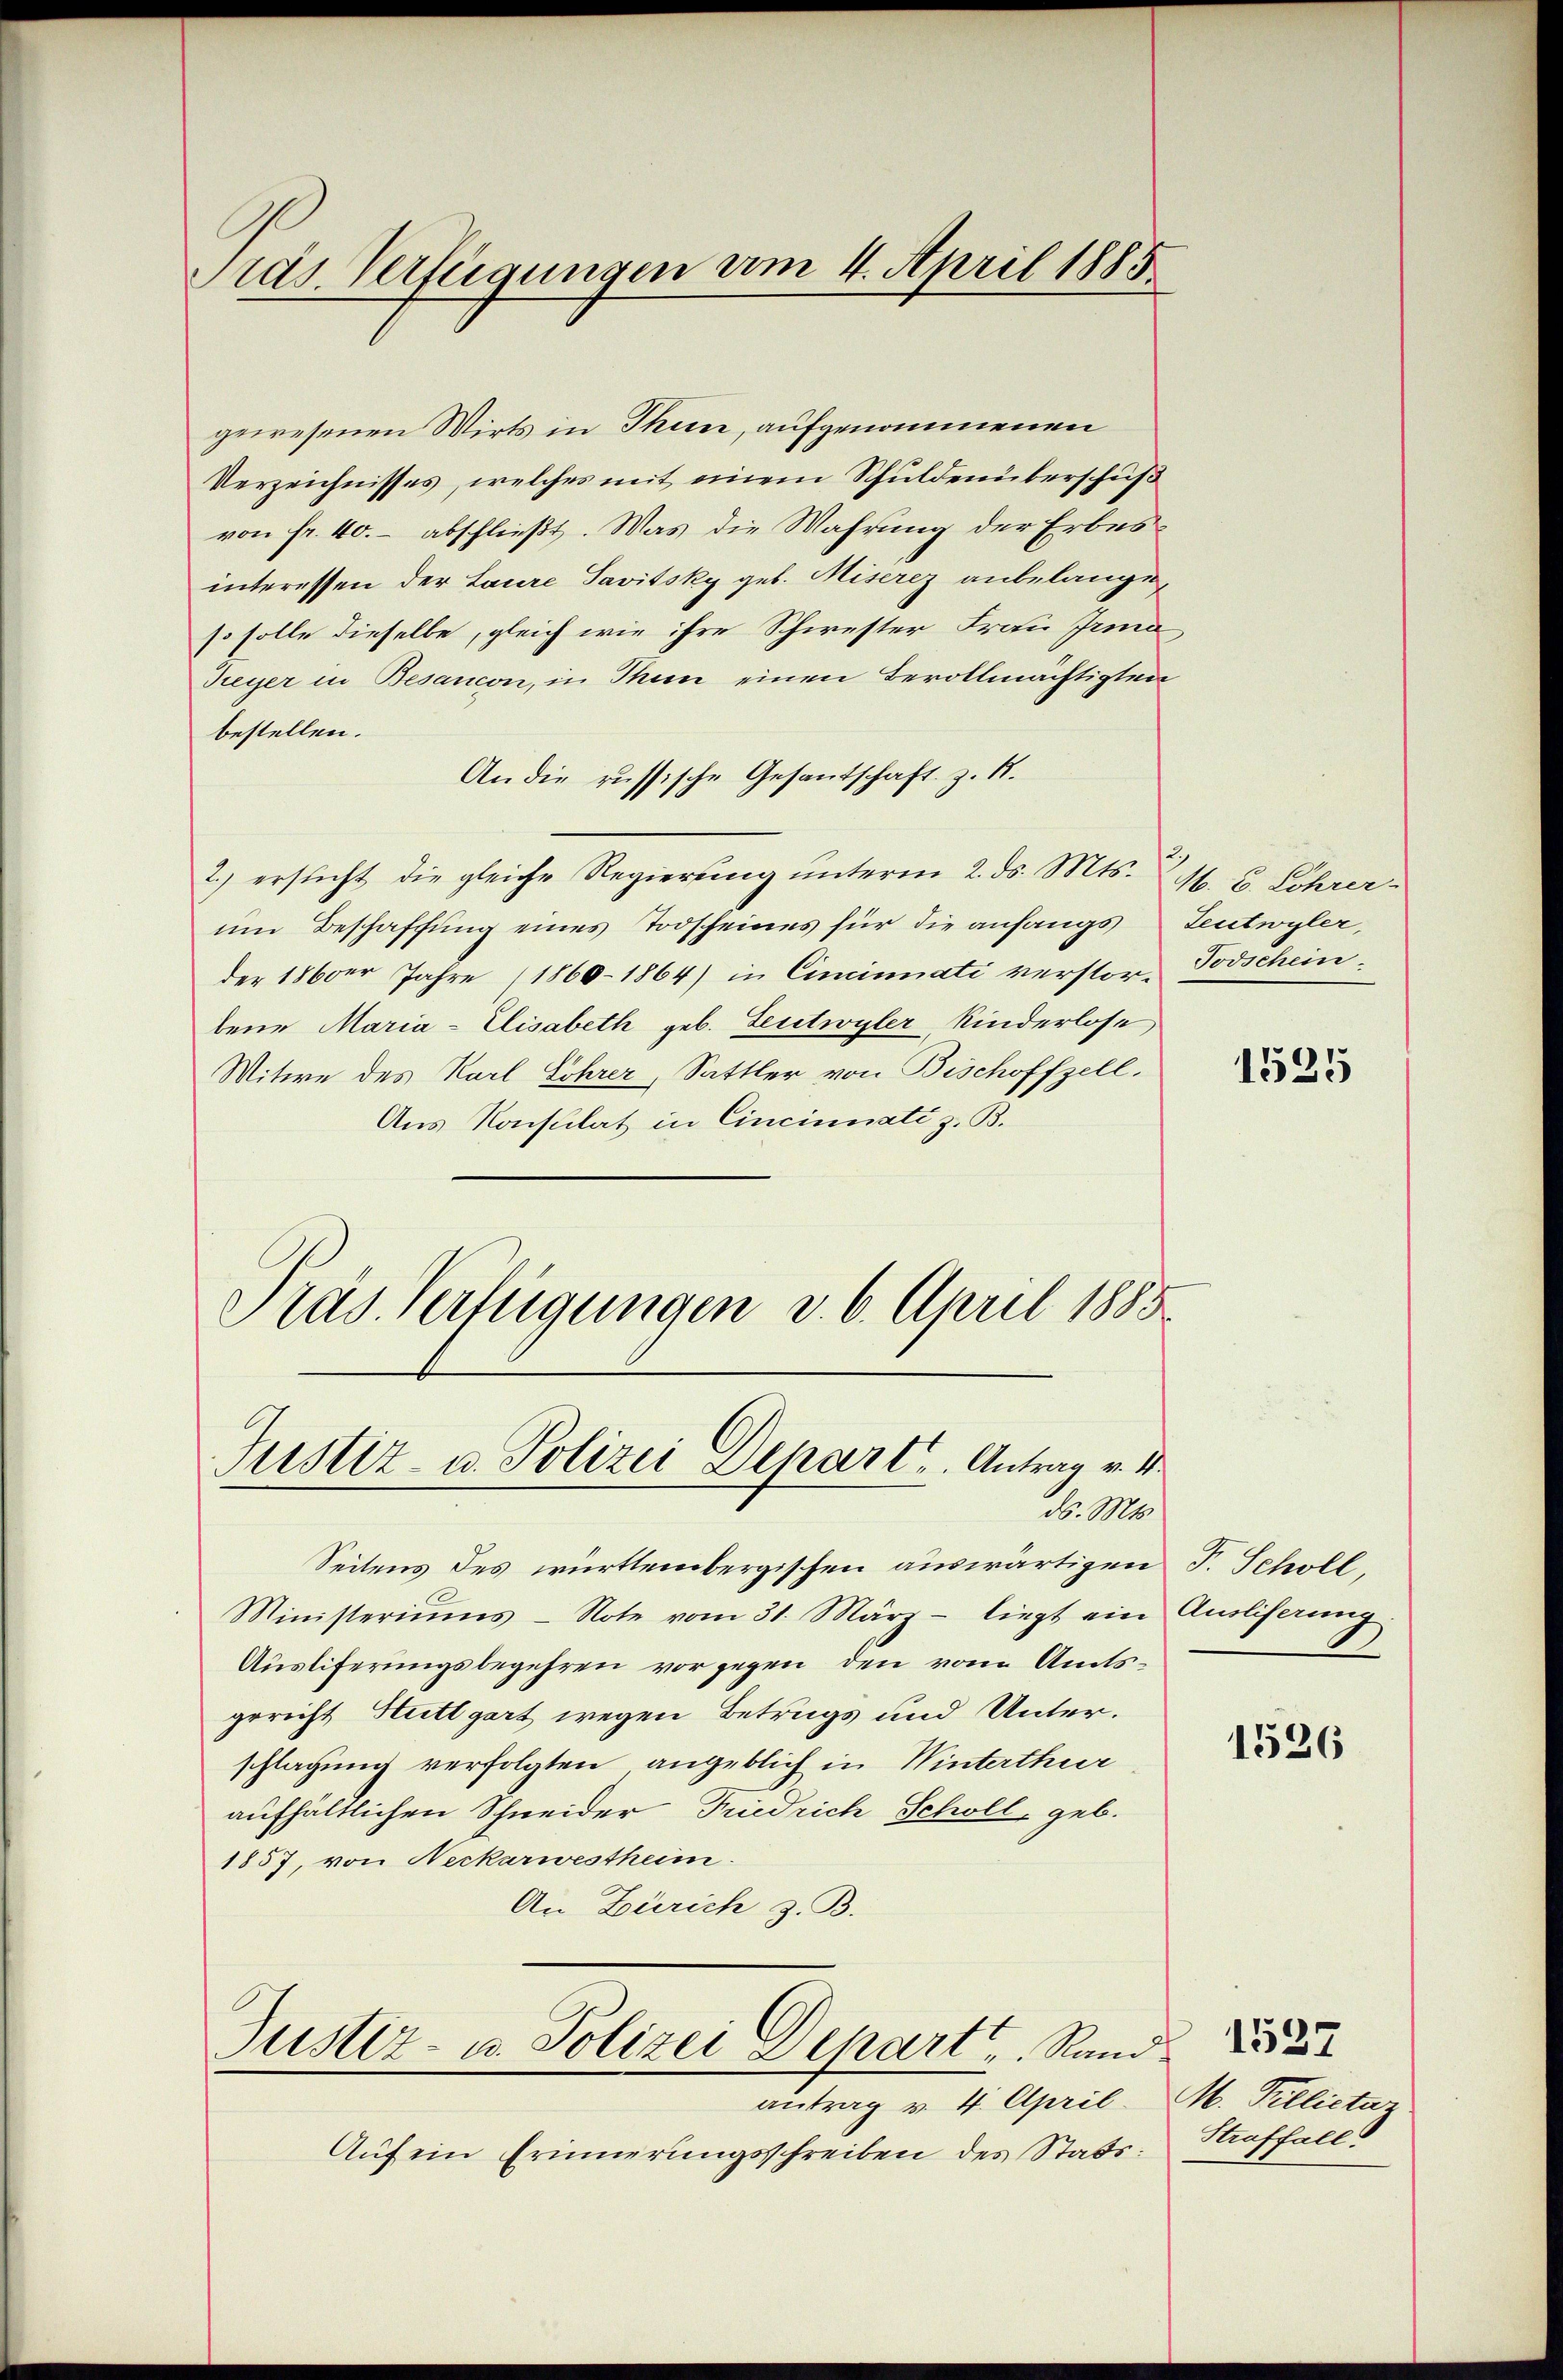
Ords. Verfügungen am 4. April 1885

gewesenen Wirts in Thun, aufgenommenen
Verzeichnisses, welches mit einem Schuldenüberschuß
von fr. 40.- abschließt. Was die Wahrung der Erbesinteressen der Laure Savitsky geb. Miserez anbelange,
so solle dieselbe, gleich wie ihre Schwester Frau Irma
Treyer in Besancon, in Thun einen Bevollmächtigten
bestellen.
An die russische Gesantschaft z. B.
2.) ersticht die gleiche Regierung unterm 2. ds. Mts. 2 M. C. Föhrer
um Beschaffung eines Todscheines für die anfangs Teutwyler,
der 1860er Jahre (1860-1864) in Cincinati verstor- Todschein
bene Maria- Elisabeth geb. Leutwyler, Kinderlose
Mitwe des Karl Sohrer, Sattler von Bischoffzell.
Aus Konsulat in Cincinnati z. B.
Präs. Verfügungen v. 6. April 1885

Justiz- u. Polizei Depart. Antrag v. 1
ds. Mts.

Justiz- u. Polizei Depart   Rand
antrag v. 4. April

Auf ein Erinnerungsschreiben des Stads¬

Seitens des württembergischen auswärtigen
Ministeriŭms - Note vom 31. März - liegt ein Ausliserung
Ausliferungsbegehren vorgegen den vom Amtsgerecht Stuttgart wegen Betrugs und Unterschlagung verfolgten angeblich in Winterthur
aufhältlichen Schneider Friedrich Scholl geb.
1857, von Neckarwestheim.
An Zürich z. B.

1535

F. Schöll,

1526

M. Pillictar
Straffall

1537